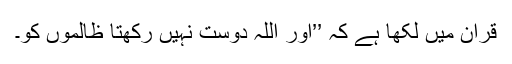
قرآن میں لکھا ہے کہ ’’اور اللہ دوست نہیں رکھتا ظالموں کو۔